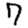
Digit: 7